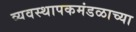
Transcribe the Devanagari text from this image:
व्यवस्थापकमंडळाच्या